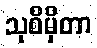
သုစိမှိတာ